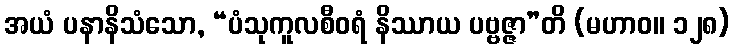
အယံ ပနာနိသံသော, “ပံသုကူလစီဝရံ နိဿာယ ပဗ္ဗဇ္ဇာ”တိ (မဟာဝ။ ၁၂၈)